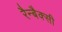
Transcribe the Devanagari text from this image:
रैन्बैक्सी